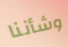
وشأننا